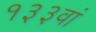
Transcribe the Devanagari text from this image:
१३३वां